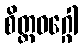
စိတ္တဝဂ္ဂေါ